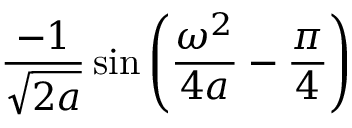
{ \frac { - 1 } { \sqrt { 2 a } } } \sin \left( { \frac { \omega ^ { 2 } } { 4 a } } - { \frac { \pi } { 4 } } \right)